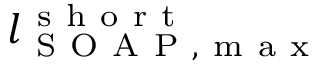
l _ { \mathrm { ~ S ~ O ~ A ~ P ~ , ~ m ~ a ~ x ~ } } ^ { \mathrm { ~ s ~ h ~ o ~ r ~ t ~ } }